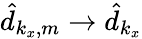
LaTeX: \hat{d}_{k_{x},m}\rightarrow\hat{d}_{k_{x}}